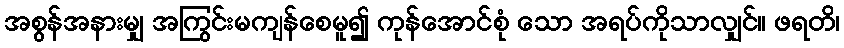
အစွန်အနားမျှ အကြွင်းမကျန်စေမူ၍ ကုန်အောင်စုံ သော အရပ်ကိုသာလျှင်။ ဖရတိ၊